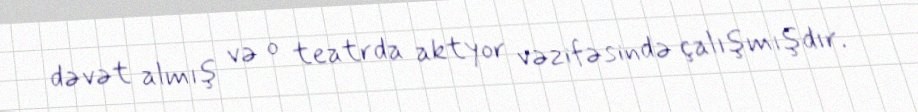
dəvət almış və o teatrda aktyor vəzifəsində çalışmışdır.